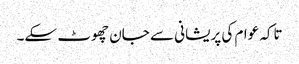
تاکہ عوام کی پریشانی سے جان چھوٹ سکے۔